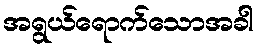
အရွယ်ရောက်သောအခါ